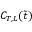
C _ { T , L } ( \tilde { t } )